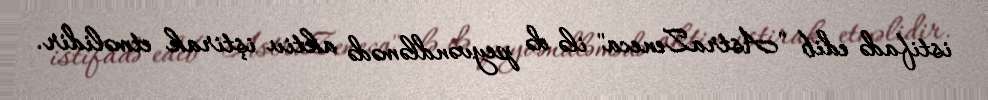
istifadə edib "AstraZeneca" ilə də peyvəndləmədə aktiv iştirak etməlidir.